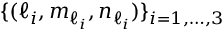
\{ ( \ell _ { i } , m _ { \ell _ { i } } , n _ { \ell _ { i } } ) \} _ { i = 1 , \ldots , 3 }